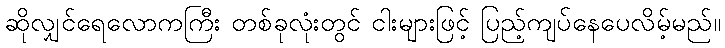
ဆိုလျှင်ရေလောကကြီး တစ်ခုလုံးတွင် ငါးများဖြင့် ပြည့်ကျပ်နေပေလိမ့်မည်။